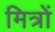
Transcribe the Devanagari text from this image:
मित्रों